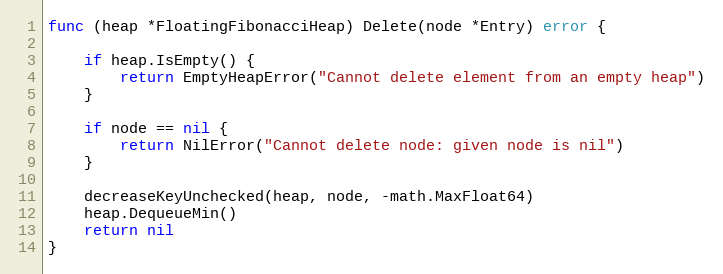
Language: Go
func (heap *FloatingFibonacciHeap) Delete(node *Entry) error {

	if heap.IsEmpty() {
		return EmptyHeapError("Cannot delete element from an empty heap")
	}

	if node == nil {
		return NilError("Cannot delete node: given node is nil")
	}

	decreaseKeyUnchecked(heap, node, -math.MaxFloat64)
	heap.DequeueMin()
	return nil
}